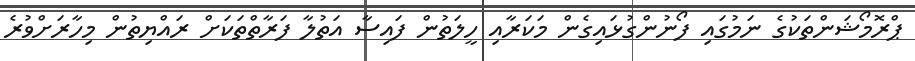
ޕްރޮމޯޝަންތަކުގެ ނަމުގައި ފޯނުންގުޅައިގެން މަކަރާއި ހީލަތުން ފައިސާ އަތުލާ ފަރާތްތަކަށް ރައްޔިތުން މިހާރަށްވުރެ